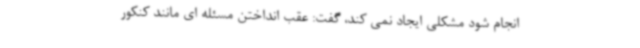
انجام شود مشکلی ایجاد نمی کند، گفت: عقب انداختن مسئله ای مانند کنکور